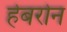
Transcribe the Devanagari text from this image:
हेबरोन